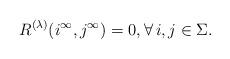
LaTeX: \begin{align*} R^{(\lambda)}(i^\infty, j^\infty)=0, \forall \, i, j \in \Sigma.\end{align*}